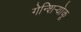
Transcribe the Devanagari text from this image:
गेन्शिर्‍योकू